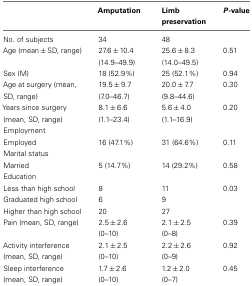
<table><thead><tr><td>[EMPTY_CELL]</td><td><b>Amputation</b></td><td><b>Limb preservation</b></td><td><b><i>P</i>-value</b></td></tr></thead><tbody><tr><td>No. of subjects</td><td>34</td><td>48</td><td>[EMPTY_CELL]</td></tr><tr><td>Age (mean ± SD, range)</td><td>27.6 ± 10.4 (14.9–49.9)</td><td>25.6 ± 8.3 (14.0–49.5)</td><td>0.51</td></tr><tr><td>Sex (M)</td><td>18 (52.9%)</td><td>25 (52.1%)</td><td>0.94</td></tr><tr><td>Age at surgery (mean, SD, range)</td><td>19.5 ± 9.7 (7.0–46.7)</td><td>20.0 ± 7.7 (9.8–44.6)</td><td>0.30</td></tr><tr><td>Years since surgery (mean, SD, range)</td><td>8.1 ± 6.6 (1.1–23.4)</td><td>5.6 ± 4.0 (1.1–16.9)</td><td>0.20</td></tr><tr><td>Employment</td></tr><tr><td>Employed</td><td>16 (47.1%)</td><td>31 (64.6%)</td><td>0.11</td></tr><tr><td>Marital status</td></tr><tr><td>Married</td><td>5 (14.7%)</td><td>14 (29.2%)</td><td>0.58</td></tr><tr><td>Education</td></tr><tr><td>Less than high school</td><td>8</td><td>11</td><td>0.03</td></tr><tr><td>Graduated high school</td><td>6</td><td>9</td><td>[EMPTY_CELL]</td></tr><tr><td>Higher than high school</td><td>20</td><td>27</td><td>[EMPTY_CELL]</td></tr><tr><td>Pain (mean, SD, range)</td><td>2.5 ± 2.6 (0–10)</td><td>2.1 ± 2.5 (0–8)</td><td>0.39</td></tr><tr><td>Activity interference (mean, SD, range)</td><td>2.1 ± 2.5 (0–10)</td><td>2.2 ± 2.6 (0–9)</td><td>0.92</td></tr><tr><td>Sleep interference (mean, SD, range)</td><td>1.7 ± 2.6 (0–10)</td><td>1.2 ± 2.0 (0–7)</td><td>0.45</td></tr></tbody></table>